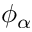
\phi _ { \alpha }